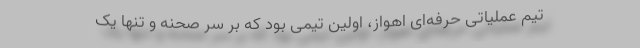
تیم عملیاتی حرفه‌ای اهواز، اولین تیمی بود که بر سر صحنه و تنها یک